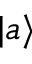
| a \rangle